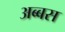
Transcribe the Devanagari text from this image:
अब्बस